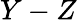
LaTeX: Y-Z